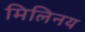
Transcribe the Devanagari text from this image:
मिलिनय